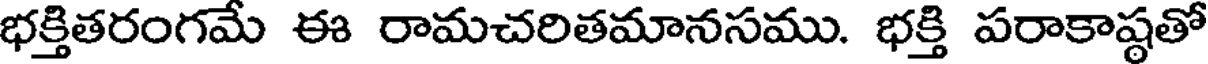
భక్తితరంగమే ఈ రామచరితమానసము. భక్తి పరాకాష్ఠతో